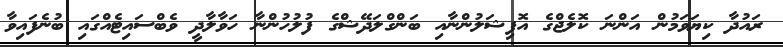
ރައުދާ ކިޔަވަމުން އަންނަ ކޮލެޖްގެ އޮފިޝަލުންނާއި ބަންގްލަދޭޝްގެ ފުލުހުންނާ ހަވާލާދީ ވެބްސައިޓެއްގައި ބުނެފައިވާ